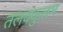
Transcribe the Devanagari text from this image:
तलक्कुलम